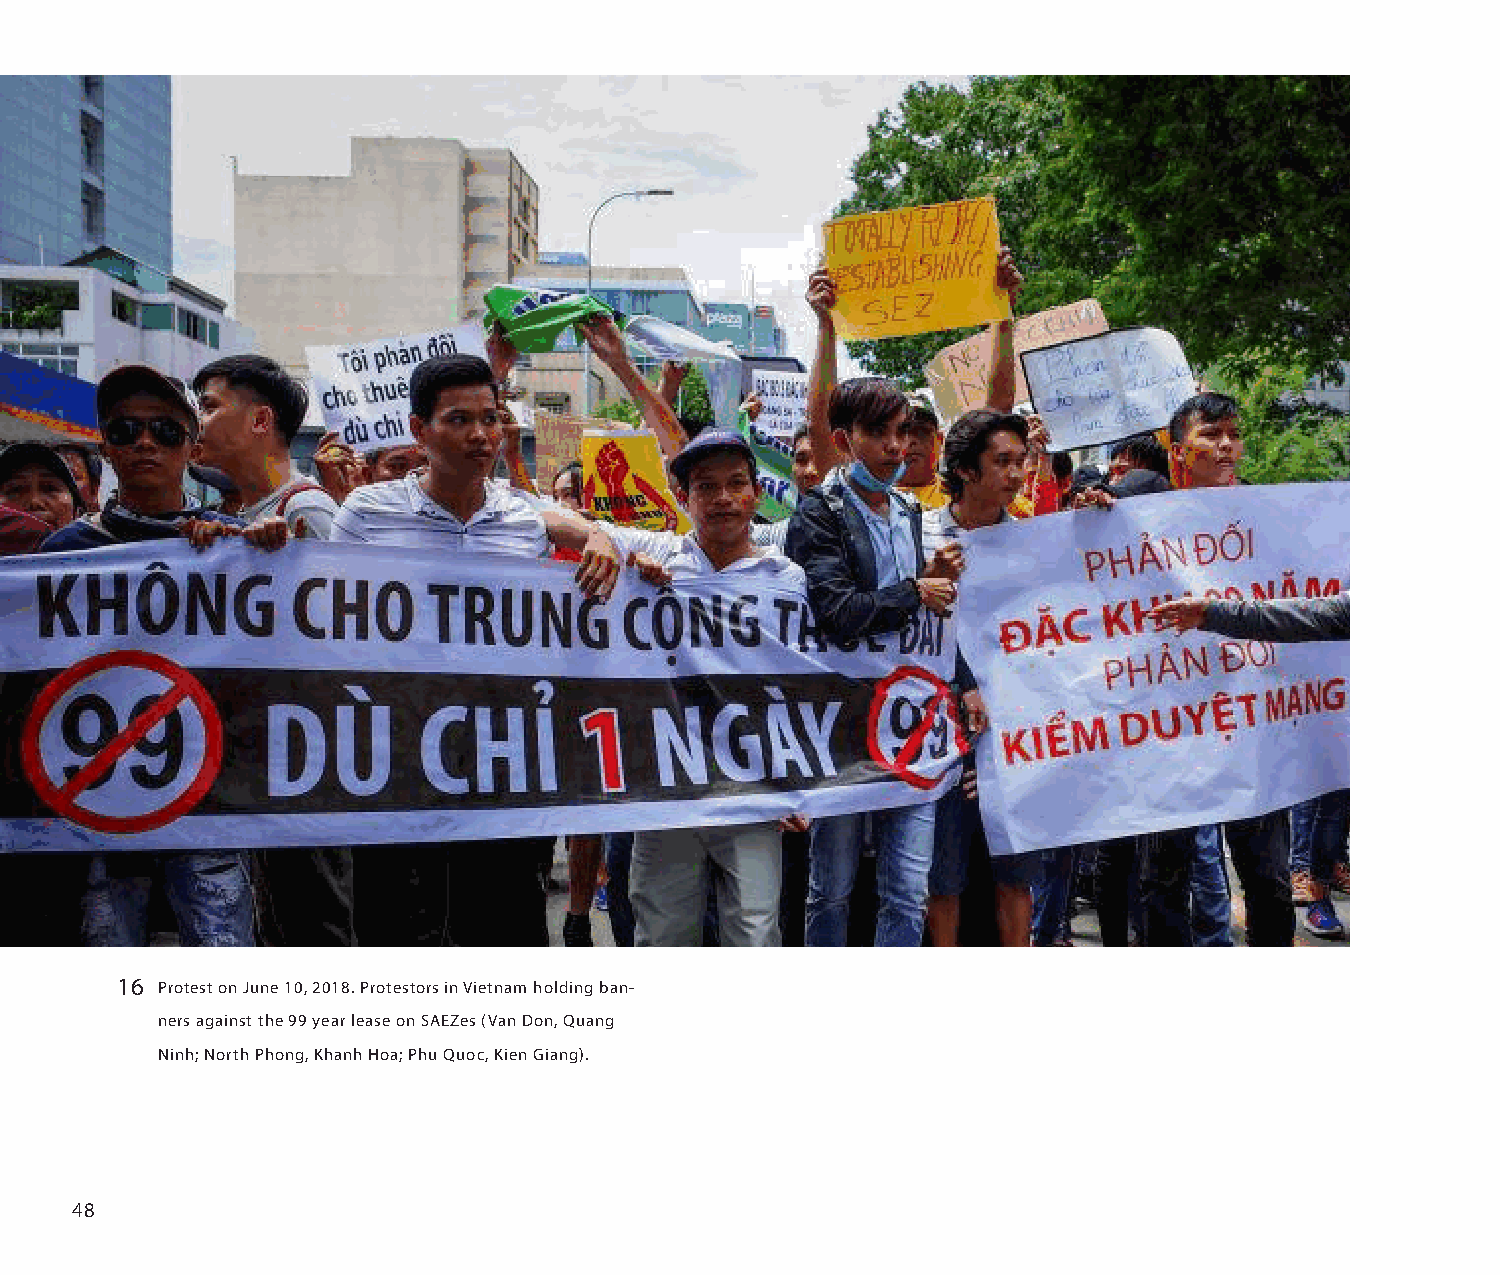
16 Protest on June 10, 2018. Protestors in Vietnam holding ban-
 ners against the 99 year lease on SAEZes (Van Don, Quang
 Ninh; North Phong, Khanh Hoa; Phu Quoc, Kien Giang).
 48